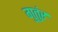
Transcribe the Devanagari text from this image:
गुतुंर